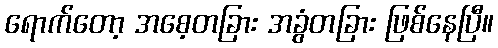
ရောက်တော့ အစေ့တခြား အခွံတခြား ဖြစ်နေပြီ။